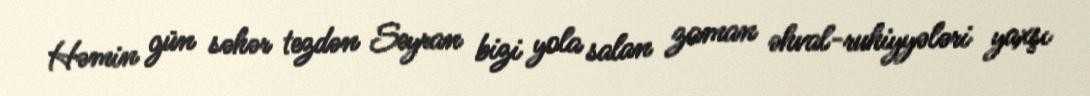
Həmin gün səhər tezdən Seyran bizi yola salan zaman əhval-ruhiyyələri yaxşı